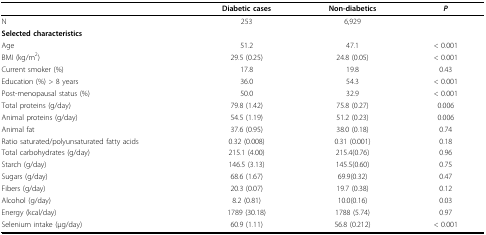
|  | Diabetic cases | Non-diabetics | P |
 | --- | --- | --- | --- |
 | N | 253 | 6,929 |  |
 | Selected characteristics |  |  |  |
 | Age | 51.2 | 47.1 | < 0.001 |
 | BMI (kg/m2) | 29.5 (0.25) | 24.8 (0.05) | < 0.001 |
 | Current smoker (%) | 17.8 | 19.8 | 0.43 |
 | Education (%) > 8 years | 36.0 | 54.3 | < 0.001 |
 | Post-menopausal status (%) | 50.0 | 32.9 | < 0.001 |
 | Total proteins (g/day) | 79.8 (1.42) | 75.8 (0.27) | 0.006 |
 | Animal proteins (g/day) | 54.5 (1.19) | 51.2 (0.23) | 0.006 |
 | Animal fat | 37.6 (0.95) | 38.0 (0.18) | 0.74 |
 | Ratio saturated/polyunsaturated fatty acids | 0.32 (0.008) | 0.31 (0.001) | 0.18 |
 | Total carbohydrates (g/day) | 215.1 (4.00) | 215.4(0.76) | 0.96 |
 | Starch (g/day) | 146.5 (3.13) | 145.5(0.60) | 0.75 |
 | Sugars (g/day) | 68.6 (1.67) | 69.9(0.32) | 0.47 |
 | Fibers (g/day) | 20.3 (0.07) | 19.7 (0.38) | 0.12 |
 | Alcohol (g/day) | 8.2 (0.81) | 10.0(0.16) | 0.03 |
 | Energy (kcal/day) | 1789 (30.18) | 1788 (5.74) | 0.97 |
 | Selenium intake (μg/day) | 60.9 (1.11) | 56.8 (0.212) | < 0.001 |